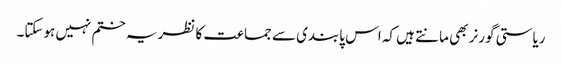
ریاستی گورنر بھی مانتے ہیں کہ اس پابندی سے جماعت کا نظریہ ختم نہیں ہوسکتا۔